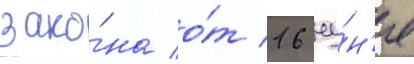
зако́на о́т 16 иу́н'я